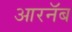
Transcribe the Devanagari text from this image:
आरनॅब